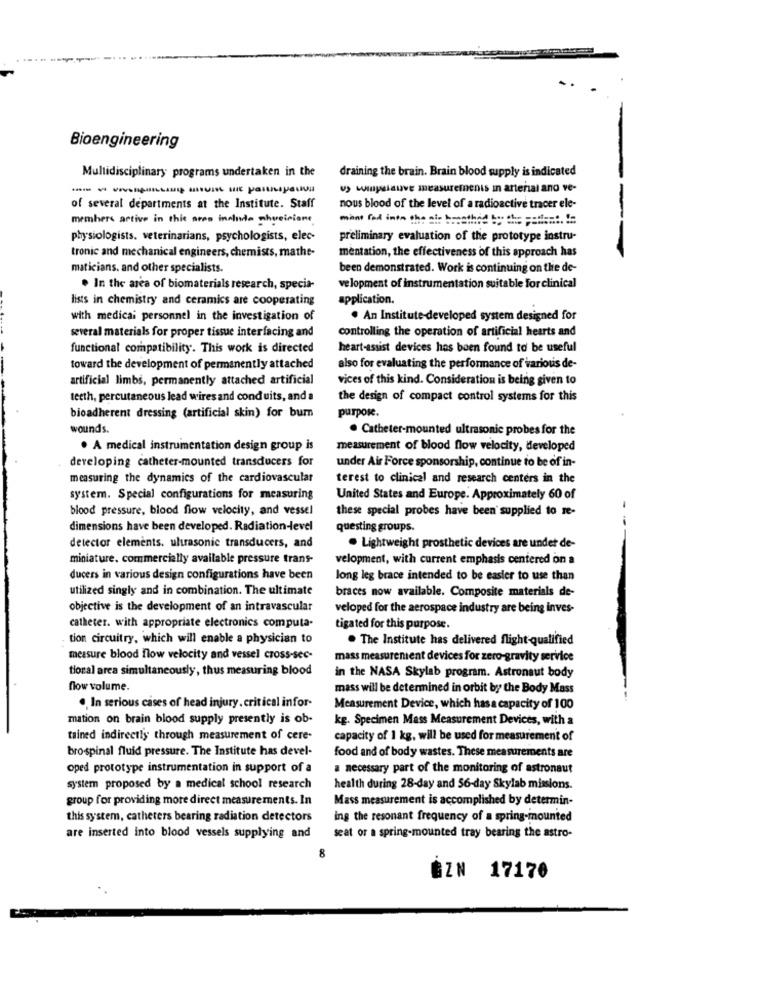
Bioengineering
draining the brain. Brain blood supply is indicated
Multidisciplinary programs undertaken in the
--------
of several departments at the Institute. Staff
nous blood of the level of a radioactive tracer ele-
members active in this area ineinde physiciane
physiologists. veterinarians, psychologists, elec-
preliminary evaluation of the prototype instru-
tronic and mechanical engineers, chemists, mathe-
mentation, the effectiveness of this approach has
maticians. and other specialists.
been demonstrated. Work is continuing on the de-
. In the area of biomaterials research, specia-
velopment of instrumentation suitable For clinical
lists in chemistry and ceramics are cooperating
application.
with medical personnel in the investigation of
· An Institute-developed system designed for
several materials for proper tissue interfacing and
controlling the operation of artificial hearts and
functional compatibility. This work is directed
heart-assist devices has been found to be useful
toward the development of permanently attached
also for evaluating the performance of various de-
artificial limbs, permanently attached artificial
vices of this kind. Consideration is being given to
teeth, percutaneous lead wires and conduits, and a
the design of compact control systems for this
purpose.
bioadherent dressing (artificial skin) for bum
wounds.
. Catheter-mounted ultrasonic probes for the
· A medical instrumentation design group is
measurement of blood flow velocity, developed
developing catheter-mounted transducers for
under Air Force sponsorship, continue to be of in-
measuring the dynamics of the cardiovascular
terest to clinical and research centers in the
system. Special configurations for measuring
United States and Europe. Approximately 60 of
blood pressure, blood flow velocity, and vessel
these special probes have been supplied to re-
dimensions have been developed. Radiation-level
questing groups.
detector elements. ultrasonic transducers, and
. Lightweight prosthetic devices are under de-
miniature. commercially available pressure trans-
velopment, with current emphasis centered on a
ducers in various design configurations have been
long leg brace intended to be easier to use than
utilized singly and in combination. The ultimate
braces now available. Composite materials de-
objective is the development of an intravascular
veloped for the aerospace industry are being inves-
catheter. with appropriate electronics computa-
tigated for this purpose.
tion circuitry, which will enable a physician to
. The Institute has delivered flight-qualified
measure blood flow velocity and vessel cross-sec-
mass measurement devices for zero-gravity service
tional area simultaneously, thus measuring blood
in the NASA Skylab program. Astronaut body
flow volume.
mass will be determined in orbit by the Body Mass
. In serious cases of head injury, critical infor-
Measurement Device, which has a capacity of 100
mation on brain blood supply presently is ob-
kg. Specimen Mass Measurement Devices, with a
tained indirectly through measurement of cere-
capacity of 1 kg, will be used for measurement of
bro-spinal fluid pressure. The Institute has devel-
food and of body wastes. These measurements are
oped prototype instrumentation in support of a
a necessary part of the monitoring of astronaut
system proposed by a medical school research
health during 28-day and 56-day Skylab missions.
group for providing more direct measurements. In
Mass measurement is accomplished by determin-
this system, catheters bearing radiation detectors
ing the resonant frequency of a spring-mounted
are inserted into blood vessels supplying and
seat or a spring-mounted tray bearing the astro-
8
BZN 17170